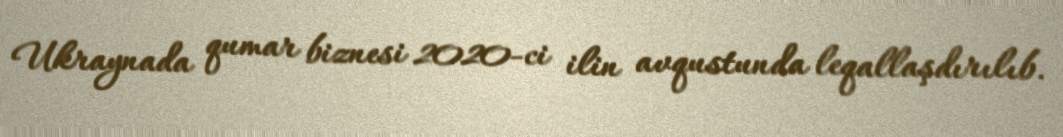
Ukraynada qumar biznesi 2020-ci ilin avqustunda leqallaşdırılıb.